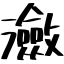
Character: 瀲